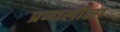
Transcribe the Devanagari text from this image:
प्रणालींना